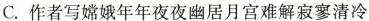
C.作者写嫦娥年年夜夜幽居月宫难解寂寥清冷